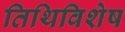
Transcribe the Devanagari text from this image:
तिथिविशेष